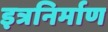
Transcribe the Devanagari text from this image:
इत्रनिर्माण